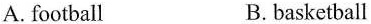
A.football B. basketball